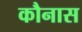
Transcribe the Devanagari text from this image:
कौनास